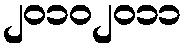
၂၀၁၀၂၀၁၁